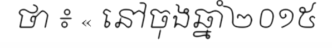
ថា ៖ « នៅចុងឆ្នាំ២០១៥